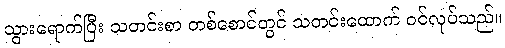
သွားရောက်ပြီး သတင်းစာ တစ်စောင်တွင် သတင်းထောက် ဝင်လုပ်သည်။